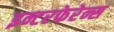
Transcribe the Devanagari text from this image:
इन्टरफेरेन्स